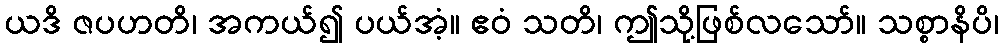
ယဒိ ဇပဟတိ၊ အကယ်၍ ပယ်အံ့။ ဧဝံ သတိ၊ ဤသို့ဖြစ်လသော်။ သစ္စာနိပိ၊